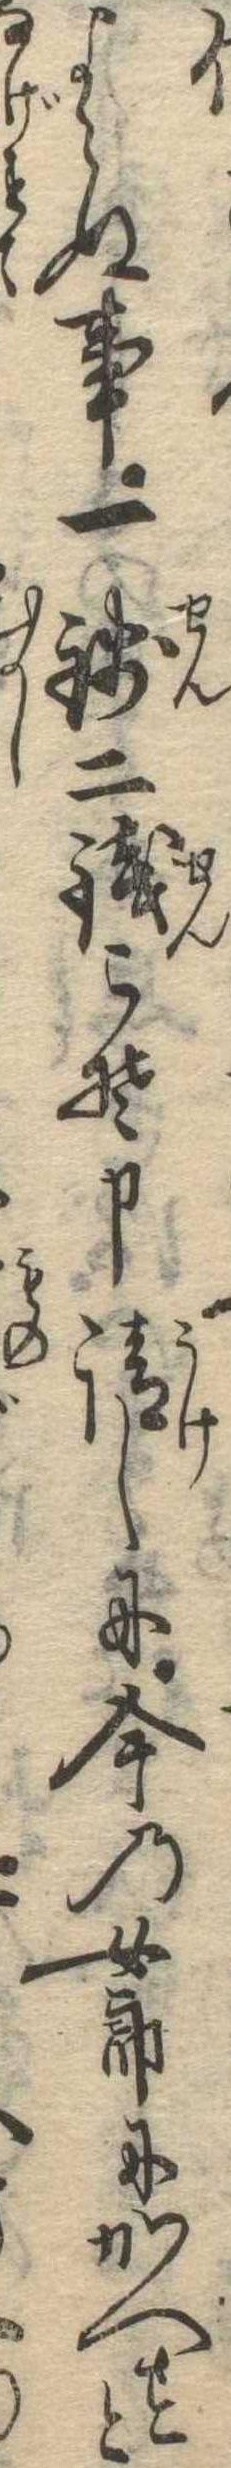
よらぬ事一銭二銭こそ申請しに今の女郎にかへすと